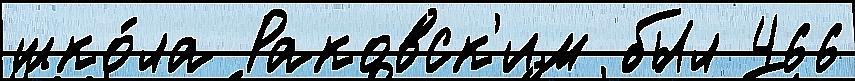
шко́ла Раковск'им был 466